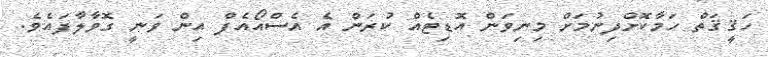
ހަޤީޤަތް ހަމާކޮށްދިނުމަށް މިނިވަން އޮޑިޓެއް ކުރަން އެ އެސްއޯއެފް އިން ވަނީ ގޮވާލާފައެވެ.